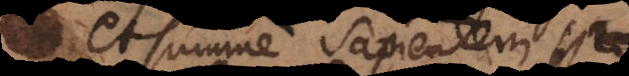
et summe sapientem esse